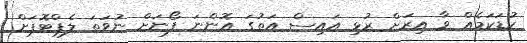
ކުޑަކަމެއް ވާ އިރަށް ރުޅި އައިސް އަތުގަ އޮންނަ ފޯނަށް ނުވަތަ ލެޕްޓޮޕަށް